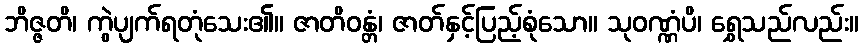
ဘိဇ္ဇတိ၊ ကွဲပျက်ရတုံသေး၏။ ဇာတိဝန္တံ၊ ဇာတ်နှင့်ပြည့်စုံသော။ သုဝဏ္ဏံပိ၊ ရွှေသည်လည်း။